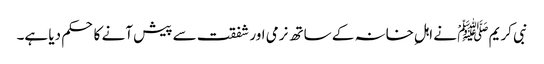
نبی کریم ﷺْ نے اہلِ خانہ کے ساتھ نرمی اور شفقت سے پیش آنے کا حکم دیا ہے۔